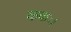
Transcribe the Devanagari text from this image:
ककः।